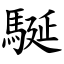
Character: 駳